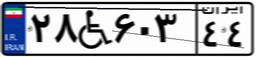
۲۸W۶۰۳۴۴